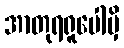
အာတုရရူပေါမှိ